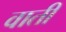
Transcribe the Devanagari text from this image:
वाती